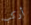
أركب